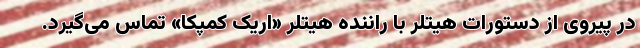
در پیروی از دستورات هیتلر با راننده هیتلر «اریک کِمپکا» تماس می‌گیرد.